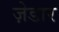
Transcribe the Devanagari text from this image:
ज़ेडार